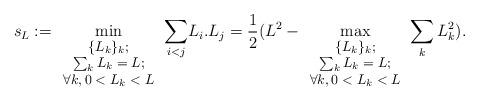
LaTeX: \begin{align*}s_L:=\min_{\footnotesize{\begin{array}{c}\{L_k\}_k;\\ \sum_k L_k=L;\\ \forall k, 0<L_k<L\end{array}}}\displaystyle{\sum_{i<j}}L_i.L_j=\frac12(L^2-\max_{\footnotesize{\begin{array}{c}\{L_k\}_k;\\ \sum_k L_k=L;\\ \forall k, 0<L_k<L\end{array}}}\sum_k L^2_k).\end{align*}